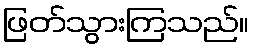
ဖြတ်သွားကြသည်။